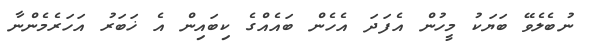
ނުބެލެވޭ ބަޔަކު މީހުން އެފަދަ އެހެން ބައެއްގެ ކިބައިން އެ ޚަބަރު އަހަރެމެންނާ